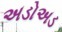
અડોઅડ